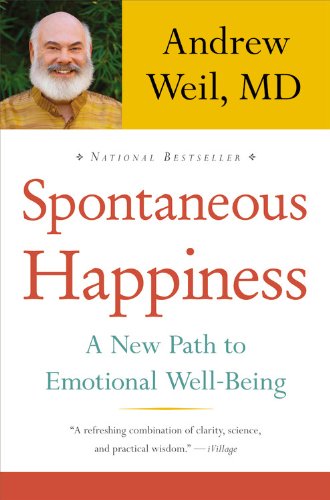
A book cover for Spontaneous Happiness: A New Path to Emotional Well-Being; Andrew Weil; Health, Fitness & Dieting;